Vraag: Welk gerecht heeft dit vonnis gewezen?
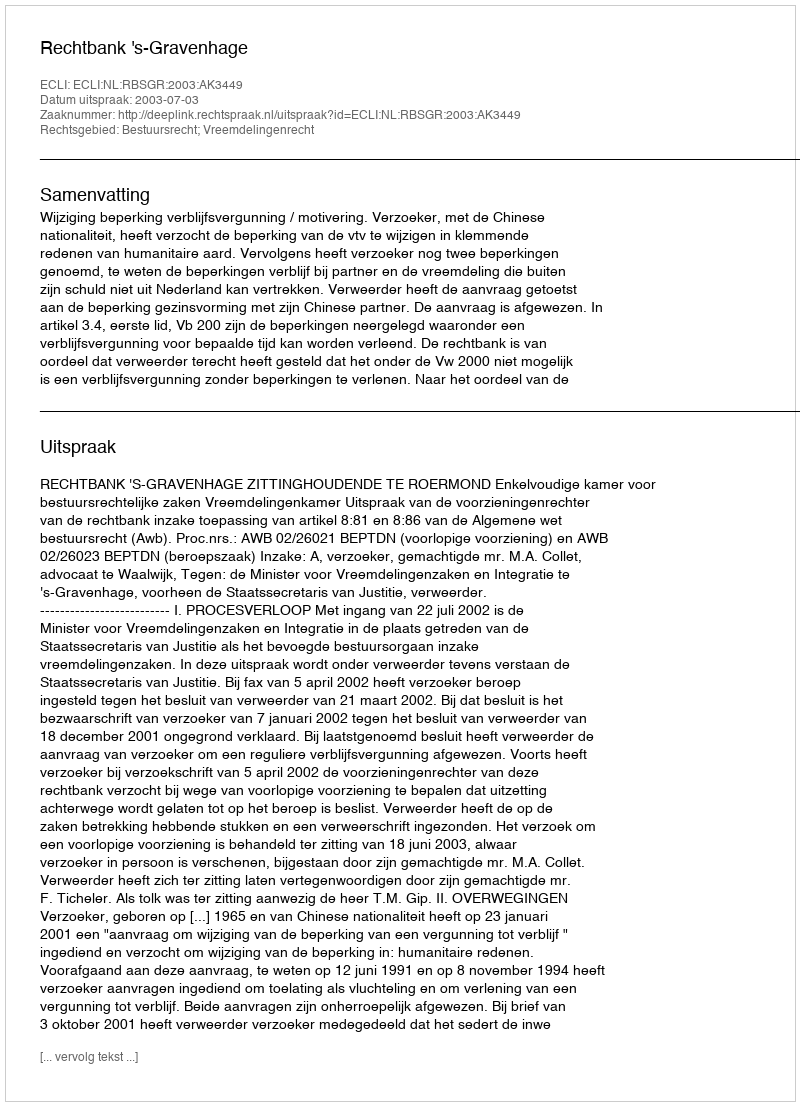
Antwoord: Rechtbank 's-Gravenhage